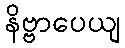
နိဗ္ဗာပေယျ